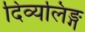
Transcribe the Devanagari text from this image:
दिव्यलिङ्ग